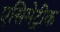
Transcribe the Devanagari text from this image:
एसिमेट्रीक